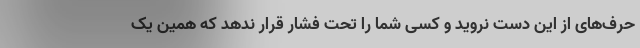
حرف‌های از این دست نروید و کسی شما را تحت فشار قرار ندهد که همین یک